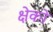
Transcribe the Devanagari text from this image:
क्षेको